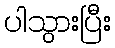
ပါသွားပြီး